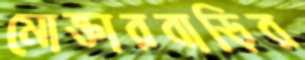
মোক্তারবাড়ির